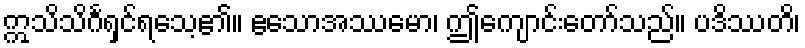
ဣသိသိင်္ဂရှင်ရသေ့၏။ ဧသောအဿမော၊ ဤကျောင်းတော်သည်။ ပဒိဿတိ၊